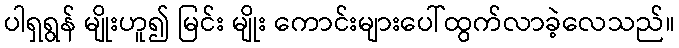
ပါရှရွန် မျိုးဟူ၍ မြင်း မျိုး ကောင်းများပေါ်ထွက်လာခဲ့လေသည်။